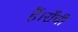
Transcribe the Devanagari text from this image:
हैं।राँची